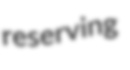
reserving